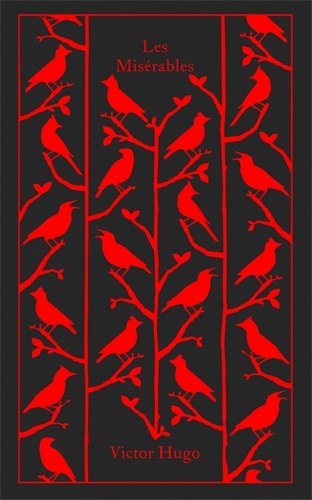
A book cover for Les Miserables (Hardcover Classics); Victor Hugo; Literature & Fiction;